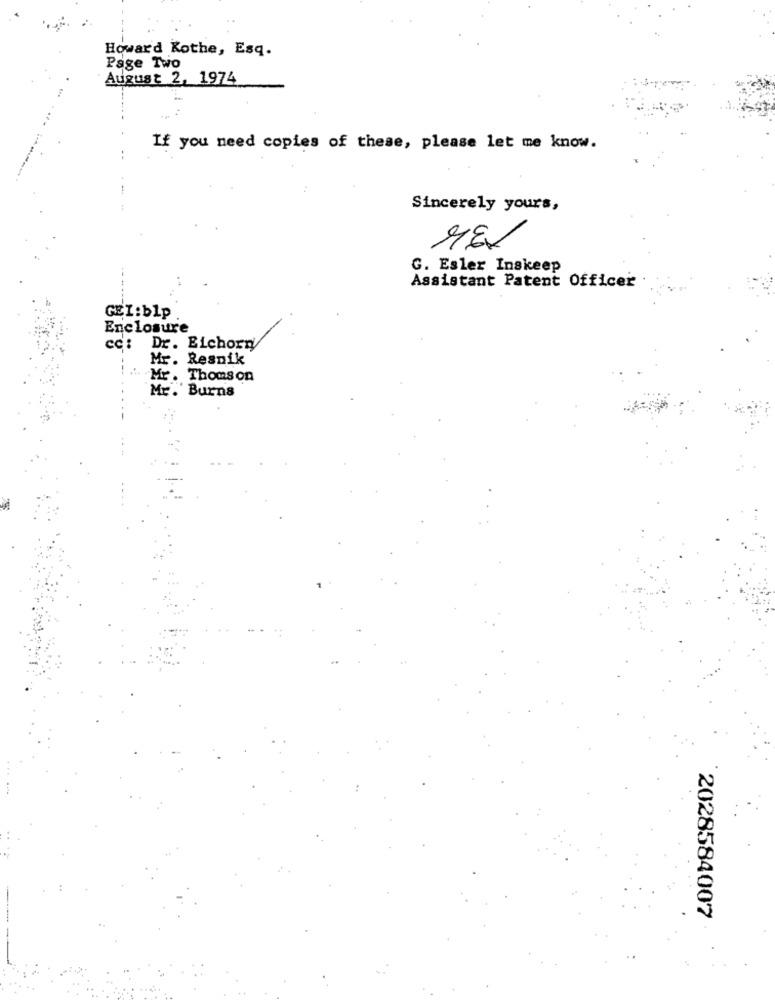
Howard Kothe, Esq.
Page Two
August 2, 1974
If you need copies of these, please let me know.
Sincerely yours,
ME
G. Esler Inskeep
Assistant Patent Officei
GEL:blp
Enclosure
cc: Dr. Eichorn
Mr. Resnik
Mr . Thomson
Mr. Burns
2028584007